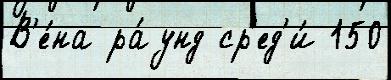
В'е́на ра́унд ср'ед'и́ 150